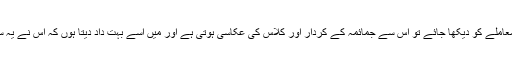
اس سارے معاملے کو دیکھا جائے تو اس سے جمائمہ کے کردار اور کلاس کی عکاسی ہوتی ہے اور میں اسے بہت داد دیتا ہوں کہ اس نے یہ سب کچھ کیا۔